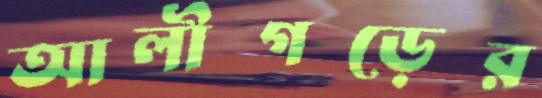
আলীগড়ের